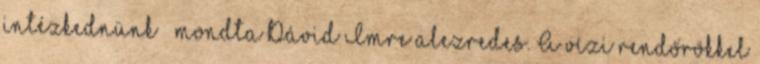
intézkednünk – mondta Dávid Imre alezredes. A vízi rendőrökkel